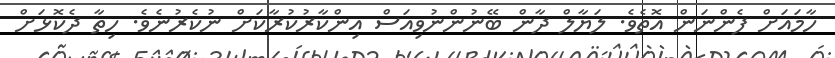
ހާމައަށް ފެންނަން އޮތެވެ. ލަޔާލް ދާން ބޭނުންނުވިއަސް އިންކާރުކުރާކަށް ނުކެރުނެވެ. ހިތާ ދެކޮޅަށް